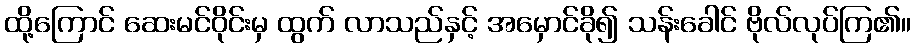
ထို့ကြောင် ဆေးမင်ဝိုင်းမှ ထွက် လာသည်နှင့် အမှောင်ခို၍ သန်းခေါင် ဗိုလ်လုပ်ကြ၏။